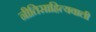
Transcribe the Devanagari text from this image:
नीतिसाहित्यवाली